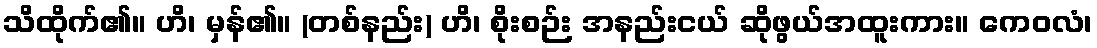
သိထိုက်၏။ ဟိ၊ မှန်၏။ (တစ်နည်း) ဟိ၊ စိုးစဉ်း အနည်းငယ် ဆိုဖွယ်အထူးကား။ ကေဝလံ၊